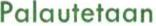
Palautetaan